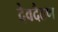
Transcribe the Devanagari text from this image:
देवदैठण